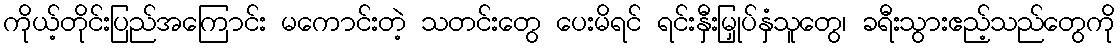
ကိုယ့်တိုင်းပြည်အကြောင်း မကောင်းတဲ့ သတင်းတွေ ပေးမိရင် ရင်းနှီးမြှုပ်နှံသူတွေ၊ ခရီးသွားဧည့်သည်တွေကို